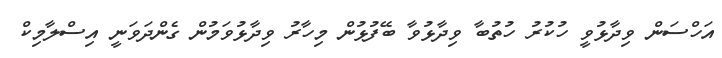
އަހްސަން ވިދާޅުވީ ހުކުރު ހުތުބާ ވިދާޅުވާ ބޭފުޅުން މިހާރު ވިދާޅުވަމުން ގެންދަވަނީ އިސްލާމިކް